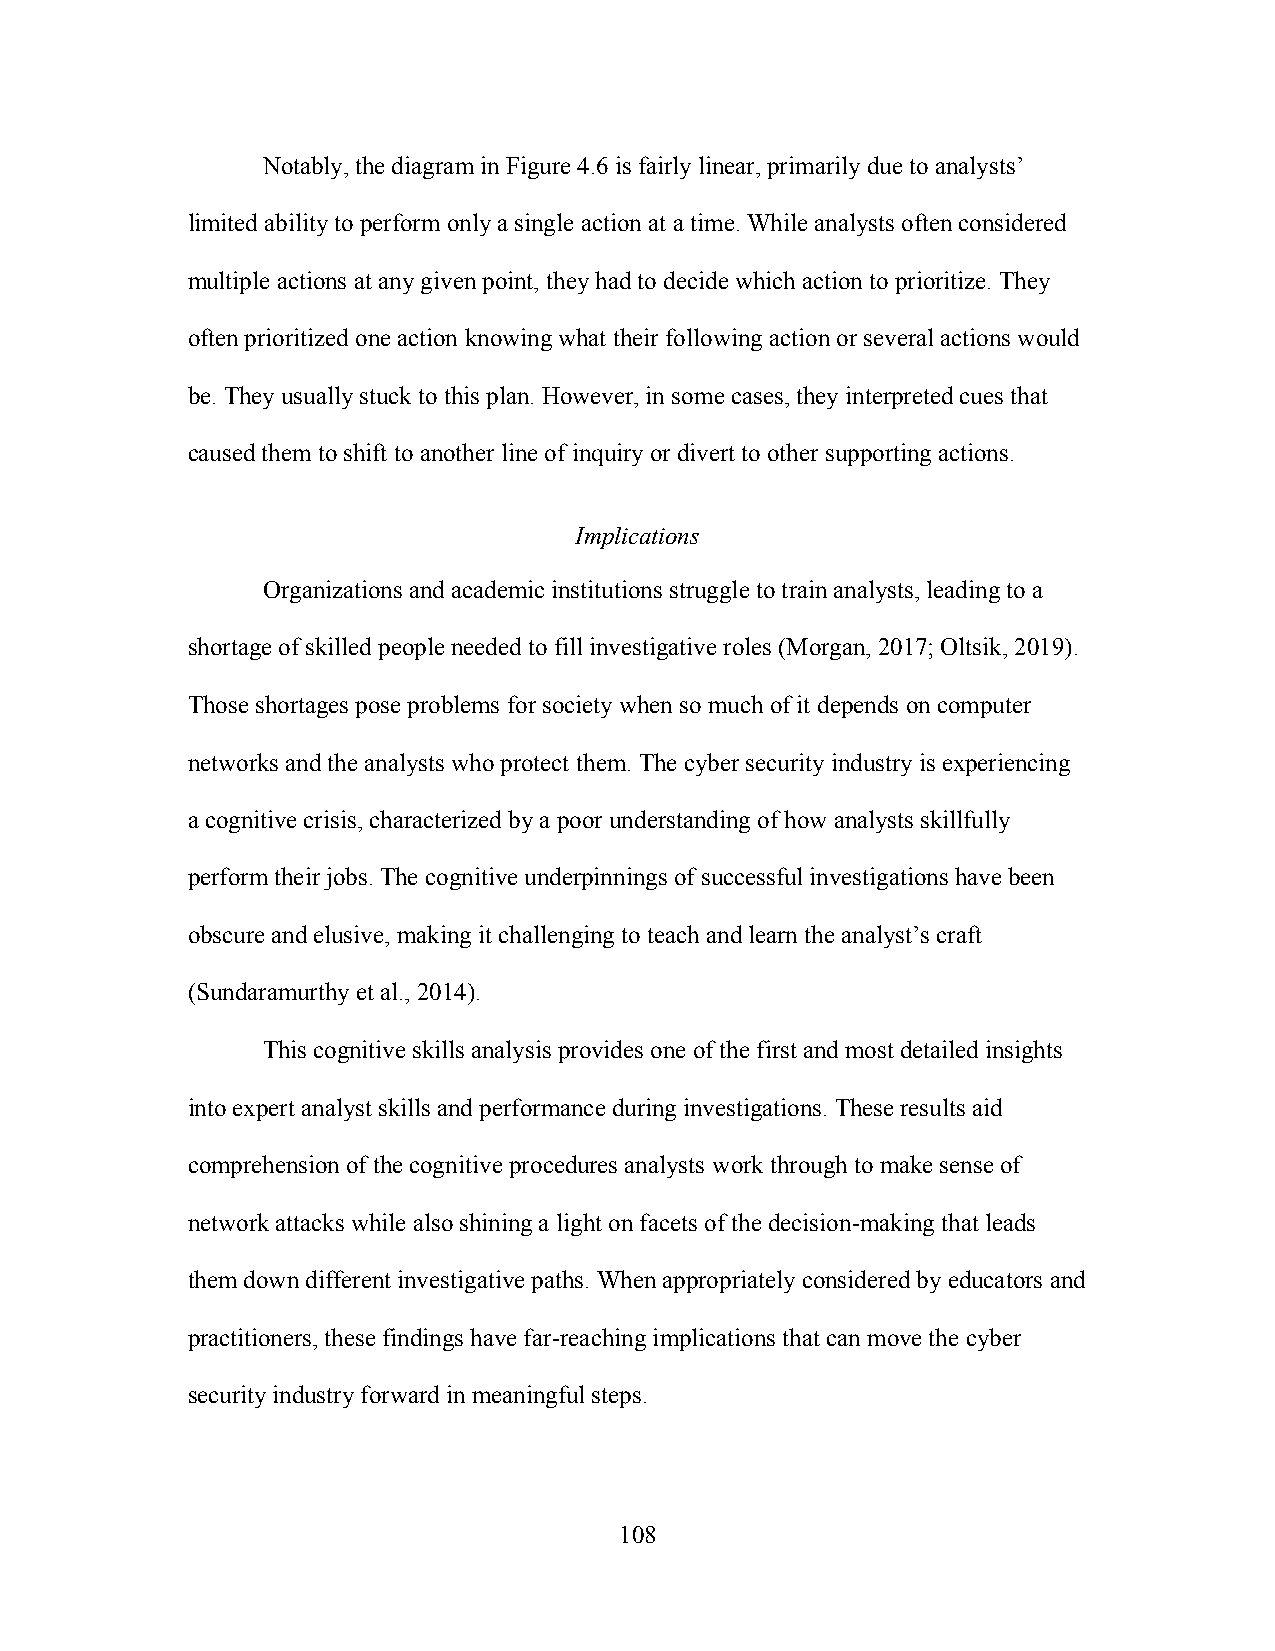
Notably, the diagram in Figure 4.6 is fairly linear, primarily due to analysts’
 limited ability to perform only a single action at a time. While analysts often considered
 multiple actions at any given point, they had to decide which action to prioritize. They
 often prioritized one action knowing what their following action or several actions would
 be. They usually stuck to this plan. However, in some cases, they interpreted cues that
 caused them to shift to another line of inquiry or divert to other supporting actions.
 Implications
 Organizations and academic institutions struggle to train analysts, leading to a
 shortage of skilled people needed to fill investigative roles (Morgan, 2017; Oltsik, 2019).
 Those shortages pose problems for society when so much of it depends on computer
 networks and the analysts who protect them. The cyber security industry is experiencing
 a cognitive crisis, characterized by a poor understanding of how analysts skillfully
 perform their jobs. The cognitive underpinnings of successful investigations have been
 obscure and elusive, making it challenging to teach and learn the analyst’s craft
 (Sundaramurthy et al., 2014).
 This cognitive skills analysis provides one of the first and most detailed insights
 into expert analyst skills and performance during investigations. These results aid
 comprehension of the cognitive procedures analysts work through to make sense of
 network attacks while also shining a light on facets of the decision-making that leads
 them down different investigative paths. When appropriately considered by educators and
 practitioners, these findings have far-reaching implications that can move the cyber
 security industry forward in meaningful steps.
 108